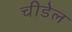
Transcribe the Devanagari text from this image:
चीडेल